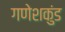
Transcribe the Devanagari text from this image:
गणेशकुंड